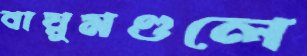
বায়ুমণ্ডলে